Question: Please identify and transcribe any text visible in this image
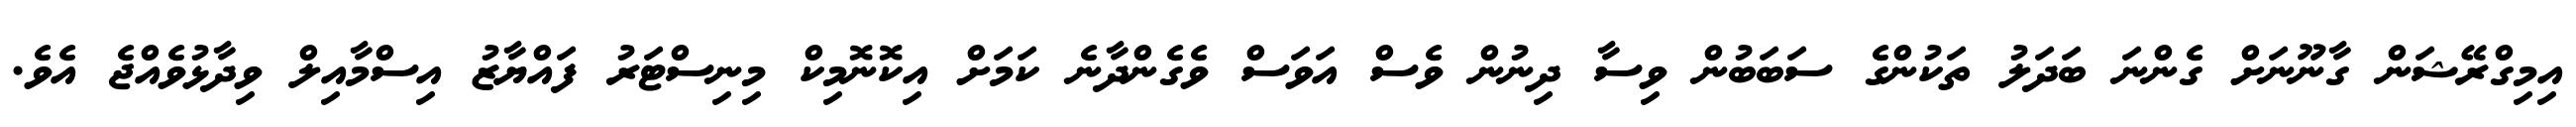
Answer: އިމިގްރޭޝަން ގާނޫނަށް ގެންނަ ބަދަލު ތަކުންގެ ސަބަބުން ވިސާ ދިނުން ވެސް އަވަސް ވެގެންދާނެ ކަމަށް އިކޮނޮމިކް މިނިސްޓަރު ފައްޔާޒު އިސްމާއިލް ވިދާޅުވެއްޖެ އެވެ.